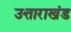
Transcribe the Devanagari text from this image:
उत्ताराखंड